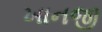
ખાનજી